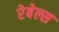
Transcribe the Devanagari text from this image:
रेबेल्स